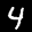
Label: 4